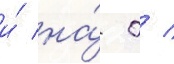
и́ на́ 0 /